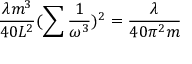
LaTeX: \frac { \lambda m ^ { 3 } } { 4 0 L ^ { 2 } } ( \sum \frac { 1 } { \omega ^ { 3 } } ) ^ { 2 } = \frac { \lambda } { 4 0 \pi ^ { 2 } m }